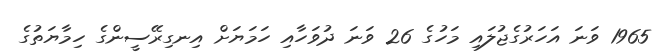
1965 ވަނަ އަހަރުގެޖުލައި މަހުގެ 26 ވަނަ ދުވަހާއި ހަމަޔަށް އިނގިރޭސީންގެ ހިމާޔަތުގެ